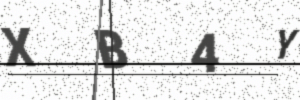
Text: XB4Y